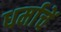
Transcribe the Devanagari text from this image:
धर्माचें